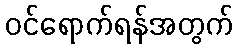
ဝင်ရောက်ရန်အတွက်